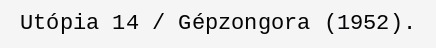
Utópia 14 / Gépzongora (1952).